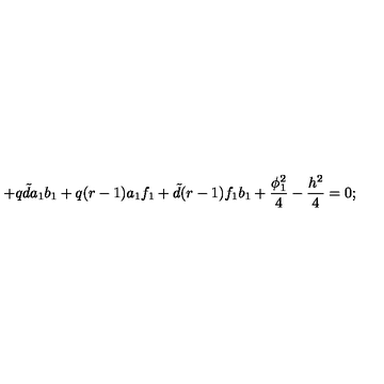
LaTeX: + q { \tilde { d } } a _ { 1 } b _ { 1 } + q ( r - 1 ) a _ { 1 } f _ { 1 } + { \tilde { d } } ( r - 1 ) f _ { 1 } b _ { 1 } + \frac { \phi _ { 1 } ^ { 2 } } { 4 } - \frac { h ^ { 2 } } { 4 } = 0 ;